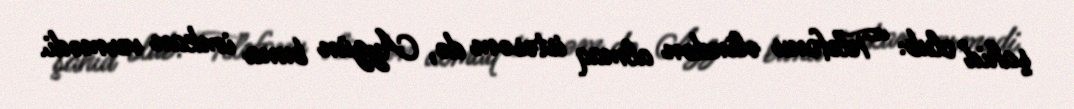
şahid olub: “Telefonu əlindən almaq istəsəm də, Aygün buna imkan vermədi.